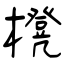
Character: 櫈